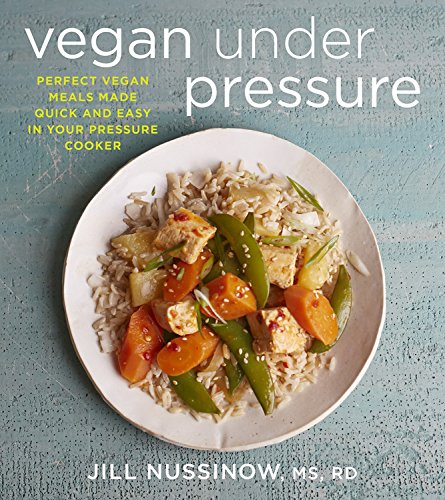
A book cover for Vegan Under Pressure: Perfect Vegan Meals Made Quick and Easy in Your Pressure Cooker; Jill Nussinow; Cookbooks, Food & Wine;